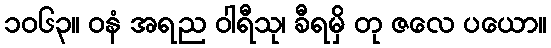
၁၀၆၃။ ဝနံ အရည ဝါရီသု၊ ခီရမှိ တု ဇလေ ပယော။